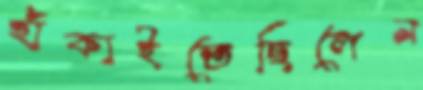
হাঁকাইতেছিলেন